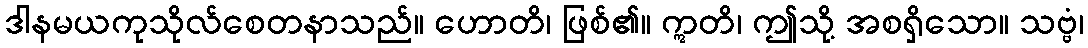
ဒါနမယကုသိုလ်စေတနာသည်။ ဟောတိ၊ ဖြစ်၏။ ဣတိ၊ ဤသို့ အစရှိသော။ သဗ္ဗံ၊